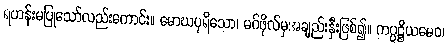
ရဟန်းမပြုသော်လည်းကောင်း။ မောဃပုရိသော၊ မဂ်ဖိုလ်မှအချည်းနှီးဖြစ်၍။ ကပ္ပဋ္ဌိယမေဝ၊